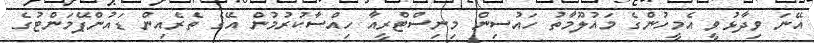
އޭނަ ވިދާޅުވީ އެމީހުންގެ މައުލޫމާތު ހައުސިން މިނިސްޓްރީއާ ހިއްސާކުރުމުން އޭގެ ތެރެއިން ޑައުންޕޭމަންޓުގެ